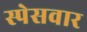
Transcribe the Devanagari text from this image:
स्पेसवार